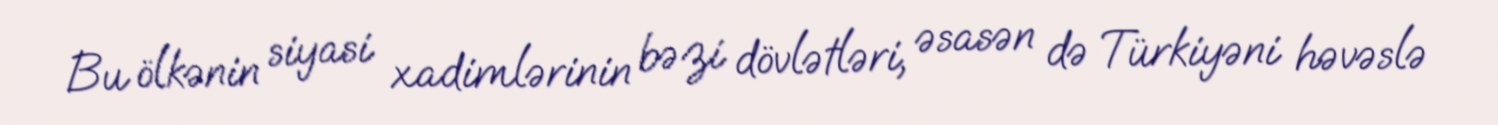
Bu ölkənin siyasi xadimlərinin bəzi dövlətləri, əsasən də Türkiyəni həvəslə